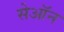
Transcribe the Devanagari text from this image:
सेऑन